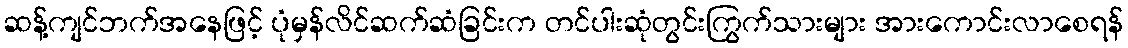
ဆန့်ကျင်ဘက်အနေဖြင့် ပုံမှန်လိင်ဆက်ဆံခြင်းက တင်ပါးဆုံတွင်းကြွက်သားများ အားကောင်းလာစေရန်